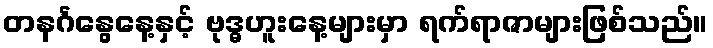
တနင်္ဂနွေနေ့နှင့် ဗုဒ္ဓဟူးနေ့များမှာ ရက်ရာဇာများဖြစ်သည်။